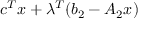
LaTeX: c ^ { T } x + \lambda ^ { T } ( b _ { 2 } - A _ { 2 } x )